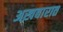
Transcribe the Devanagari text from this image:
अख़बारात